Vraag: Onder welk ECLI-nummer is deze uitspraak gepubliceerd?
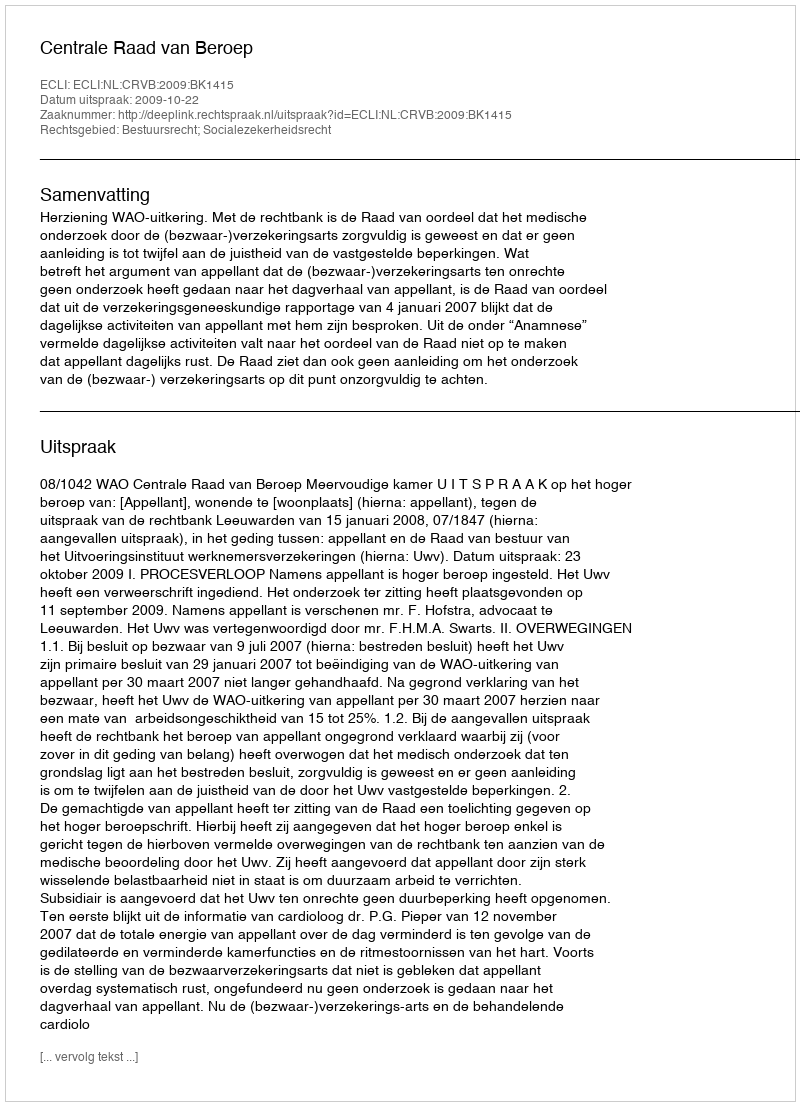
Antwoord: ECLI:NL:CRVB:2009:BK1415